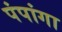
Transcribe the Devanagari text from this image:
पंपांगा